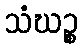
သံဃဉ္စ